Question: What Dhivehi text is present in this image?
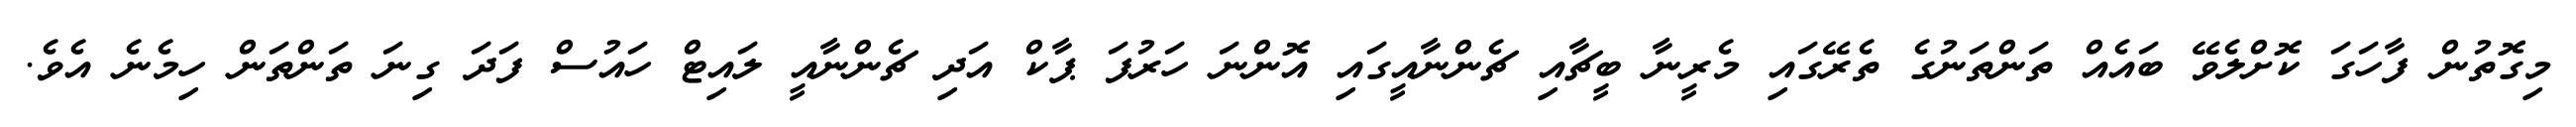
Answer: މިގޮތުން ފާހަގަ ކޮށްލެވޭ ބައެއް ތަންތަނުގެ ތެރޭގައި މެރީނާ ބީޗާއި ޗެންނާއީގައި އޮންނަ ހަރުފަ ޕާކް އަދި ޗެންނާއީ ލައިޓް ހައުސް ފަދަ ގިނަ ތަންތަން ހިމެނެ އެވެ.